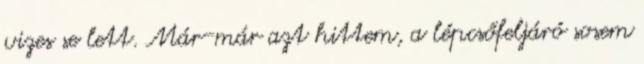
vizes se lett. Már-már azt hittem, a lépcsőfeljáró sosem